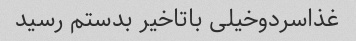
غذاسردوخیلی باتاخیر بدستم رسید